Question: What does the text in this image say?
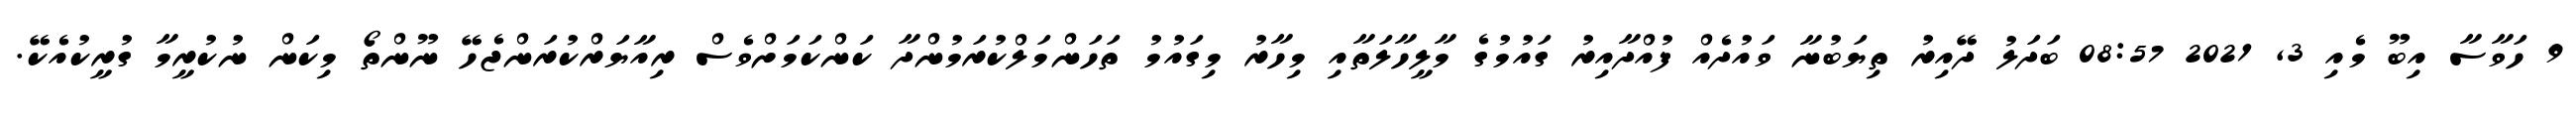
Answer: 9 ހަވާސާ އިބޫ މެއި 3, 2021 08:57 ބަދަލު ދޭއިރު ތިޔަބުނާ ވައުދެއް ފުއްދާއިރު ގައުމުގެ މާލީހާލަތާއި މިހާރު މިގައުމު ތަހަންމަލްކުރަމުންދާ ކަންކަމަށްވެސް ރިއާޔަރްކުރަންޖެހޭ ނޫންތޯ މިކަން ނުކުރީމާ ގުރީކުއެކޭ.